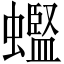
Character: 𫋟